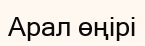
Арал өңірі